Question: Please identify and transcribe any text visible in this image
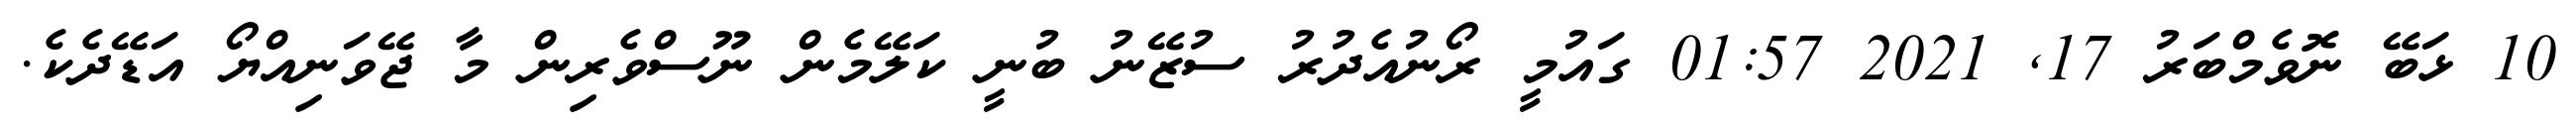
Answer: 10 ޅަބޭ ނޮވެމްބަރު 17, 2021 01:57 ގައުމީ ރޯނުއެދުރު ސުޒޭނު ބުނީ ކަލޭމެން ނޫސްވެރިން މާ ޖޭވަނިއްޔޯ އަޑޭދެކެ.